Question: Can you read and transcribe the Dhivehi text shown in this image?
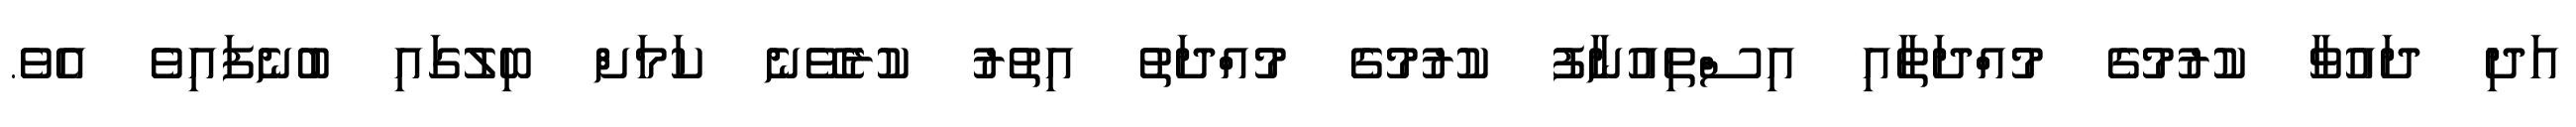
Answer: އަދި ދައުވާ ކުރުމުގެ މުއްދަތާއި އިސްތިއުނާފު ކުރުމުގެ މުއްދަތު އިތުރު ކުރެވޭނެ ކަމަށް ބިލުގައި ބުނެފައިވެ އެވެ.